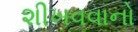
શીખવવાનો